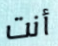
أنت